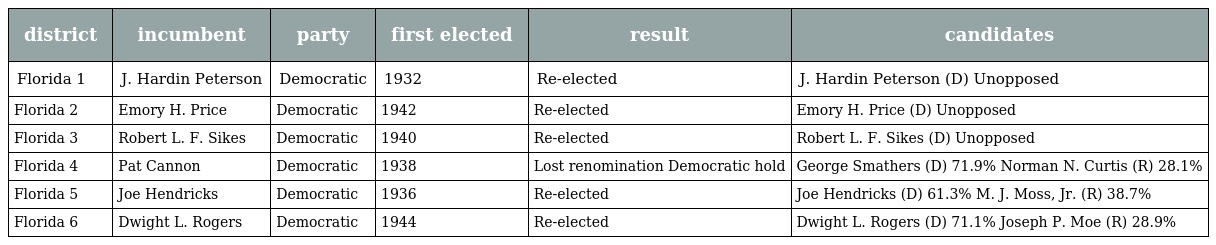
| district | incumbent | party | first elected | result | candidates |
 | --- | --- | --- | --- | --- | --- |
 | Florida 1 | J. Hardin Peterson | Democratic | 1932 | Re-elected | J. Hardin Peterson (D) Unopposed |
 | Florida 2 | Emory H. Price | Democratic | 1942 | Re-elected | Emory H. Price (D) Unopposed |
 | Florida 3 | Robert L. F. Sikes | Democratic | 1940 | Re-elected | Robert L. F. Sikes (D) Unopposed |
 | Florida 4 | Pat Cannon | Democratic | 1938 | Lost renomination Democratic hold | George Smathers (D) 71.9% Norman N. Curtis (R) 28.1% |
 | Florida 5 | Joe Hendricks | Democratic | 1936 | Re-elected | Joe Hendricks (D) 61.3% M. J. Moss, Jr. (R) 38.7% |
 | Florida 6 | Dwight L. Rogers | Democratic | 1944 | Re-elected | Dwight L. Rogers (D) 71.1% Joseph P. Moe (R) 28.9% |